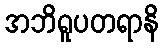
အဘိရူပတရာနိ